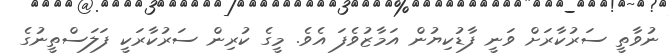
ނުވާތީ ސަރުކާރަށް ވަނީ ފާޑުކިޔުން އަމާޒުވެފަ އެވެ. މީގެ ކުރިން ސަރުކާރަކީ ފަލަސްތީނުގެ